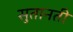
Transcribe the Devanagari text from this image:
सुतानती